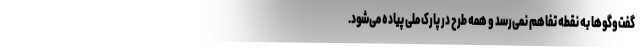
گفت‌و‌گو‌ها به نقطه تفاهم نمی‌رسد و همه طرح در پارک ملی پیاده می‌شود.